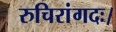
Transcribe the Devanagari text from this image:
रुचिरांगदः।